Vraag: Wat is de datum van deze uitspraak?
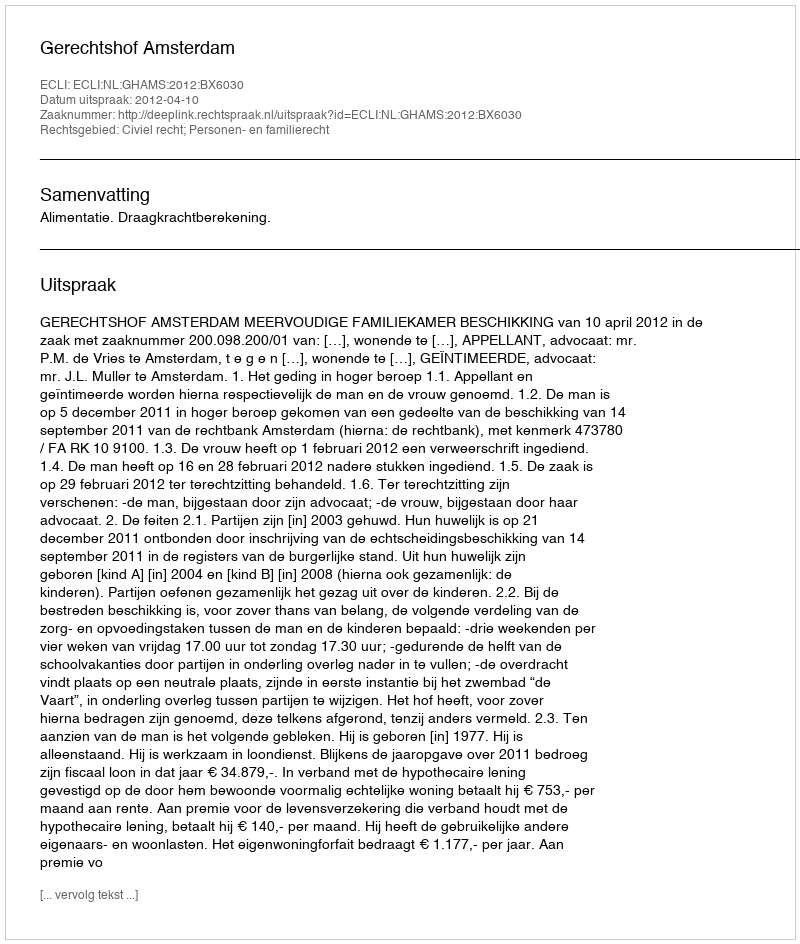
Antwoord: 2012-04-10